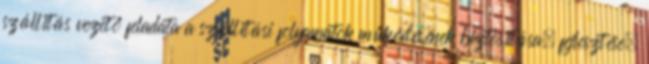
szállítás vezető feladata a szállítási folyamatok működésének biztosítása, fejlesztése,